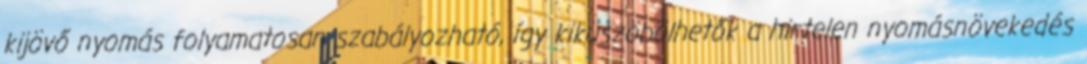
kijövő nyomás folyamatosan szabályozható, így kiküszöbölhetők a hirtelen nyomásnövekedés